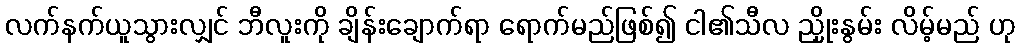
လက်နက်ယူသွားလျှင် ဘီလူးကို ချိန်းချောက်ရာ ရောက်မည်ဖြစ်၍ ငါ၏သီလ ညှိုးနွမ်း လိမ့်မည် ဟု